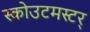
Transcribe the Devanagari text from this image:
स्कोउटमस्टर्